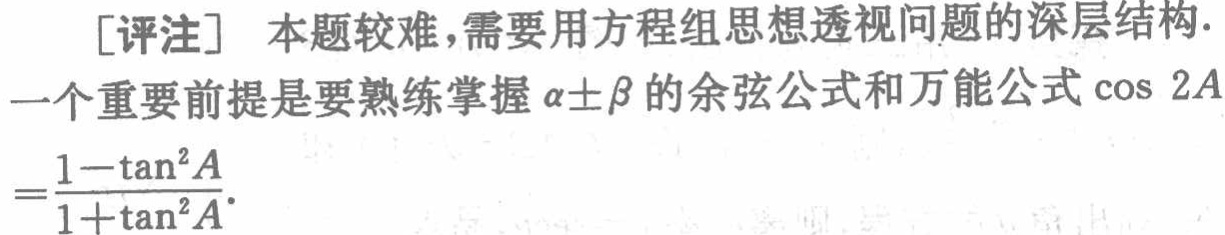
[评注] 本题较难，需要用方程组思想透视问题的深层结构.

一个重要前提是要熟练掌握\(\alpha\pm\beta\)的余弦公式和万能公式\(\cos 2A\)

\(=\frac{1 - \tan^{2}A}{1 + \tan^{2}A}\).